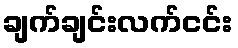
ချက်ချင်းလက်ငင်း